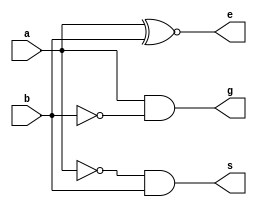
`timescale 1ns / 1ps
//////////////////////////////////////////////////////////////////////////////////
// Module Name: day10_1bit_comparator
//////////////////////////////////////////////////////////////////////////////////


module day10_1bit_comparator(
    input a,
    input b,
    output g,
    output e,
    output s
    );
    
    assign g = a & (~b);
    assign e = a ~^ b;
    assign s = (~a) & b;
    
endmodule